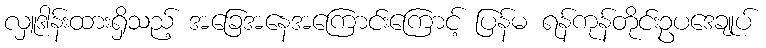
လှူဒါန်းထားရှိသည့် အခြေအနေအကြောင်းကြောင့် ပြန်မ ရန်ကုန်တိုင်းဥပဒေချုပ်